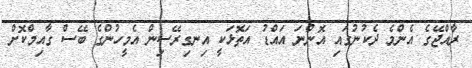
ރާއްޖޭގެ އެންމެ ދެކުނުގައި އޮންނަ އައްޑު އަތޮޅަކީ އިނގިރޭސިން އެމީހުންގެ ބޭސް ގާއިމްކޮށް